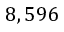
8 , 5 9 6